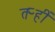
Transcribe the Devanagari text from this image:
तऱ्हीं